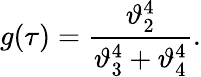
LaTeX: g(\tau)=\frac{\vartheta_{2}^{4}}{\vartheta_{3}^{4}+\vartheta_{4}^{4}}.